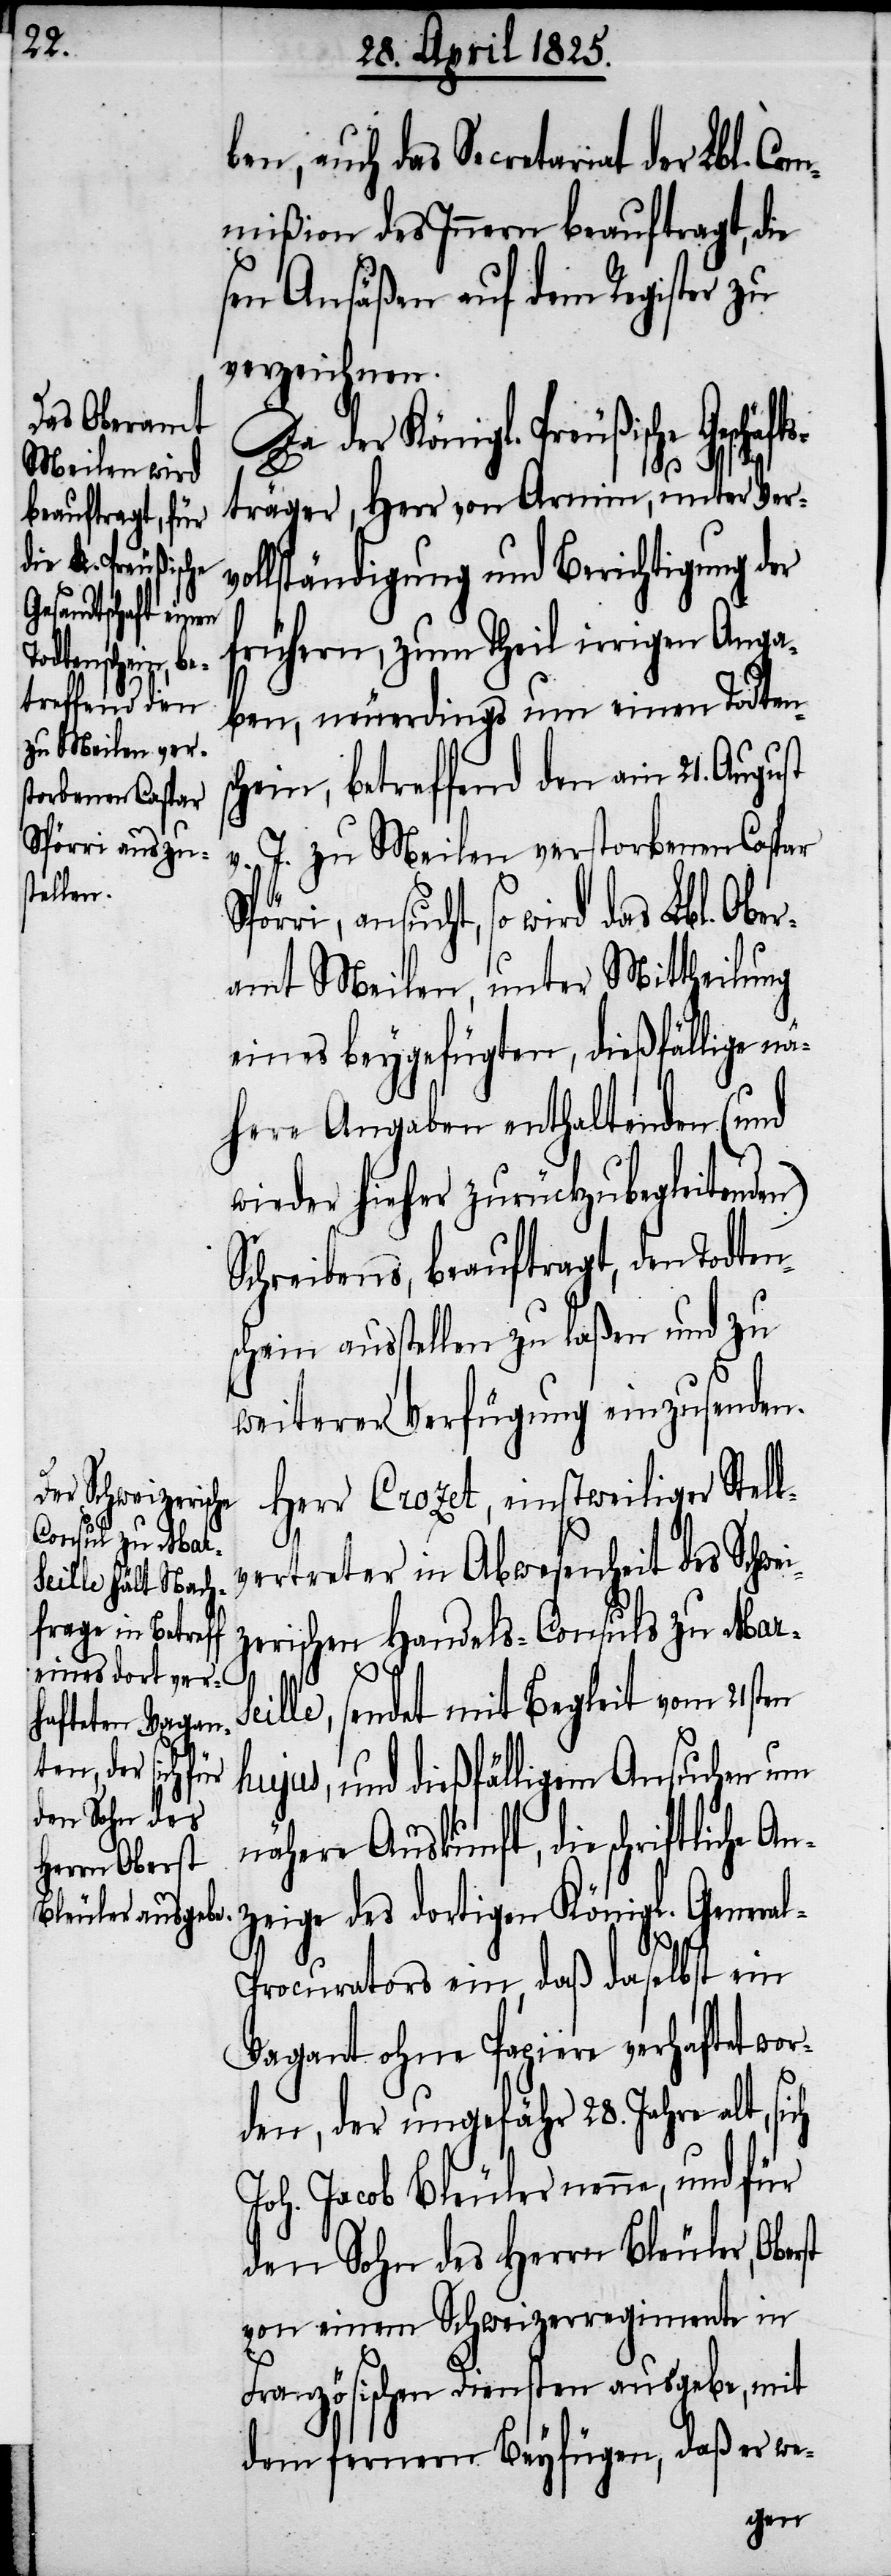
Spörri, ansu¬

ben, auch das Secretariat der Lbl. Com¬
mißion des Innern beauftragt, di¬
sen Ansäßen auf dem Register zu
verzeichnen.
Da der Königl. Preußische Geschäft¬
sträger, Herr von Arnim, unter Ver¬
vollständigung und Berichtigung der
frühern, zum Theil irrigen Anga¬
ben, neuerdings um einen Todtens¬
chein, betreffend den am 21. August
J. zu Meilen verstorbenen Caspar
cht, so wird das Lbl. Obe¬
ramt Meilen, unter Mittheilung
eines beygefügten, dießfällige nä¬
here Angaben enthaltenden (und
wieder hieher zurückzubegleitenden)
Schreibens, beauftragt, den Todten¬
schein ausstellen zu laßen und zu
weiterer Verfügung einzusenden.
Herr Crozet, einstweiliger Stell¬
vertreter in Abwesenheit des Schwei¬
zerischen Handels-Consuls zu Marse¬
st
ille, sendet mit Begleit vom 21sten
hujus, und dießfälligem Ansuchen um
nähere Auskunft, die schriftliche
zeige des dortigen Königl. Genera¬
l-Procurators, daß daselbst ein
Vagant ohne Papiere verhaftet wor¬
den, der ungefähr 28. Jahre alt, sich
Joh. Jacob Bleuler nenne, und für
den Sohn des Herrn Bleuler, Ober¬
von einem Schweizerregimente in
Französischen Diensten ausgebe, mit
dem fernern Beyfügen, daß er we-